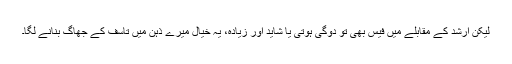
لیکن ارشد کے مقابلے میں فیس بھی تو دوگی ہوتی یا شاید اور زیادہ، یہ خیال میرے ذہن میں تاسف کے جھاگ بنانے لگا۔